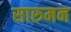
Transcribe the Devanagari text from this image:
सारुमन